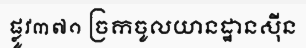
ផ្លូវ៣៧១ ច្រកចូលយានដ្ឋានស៊ីន